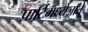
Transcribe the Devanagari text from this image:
पार्टिमध्येजाते